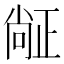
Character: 𬆅